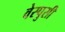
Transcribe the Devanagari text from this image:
वेस्पुसी